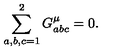
\sum _ { a , b , c = 1 } ^ { 2 } G _ { a b c } ^ { \mu } = 0 .